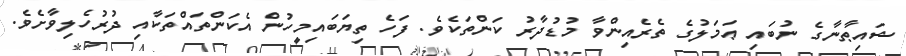
ޝައިޠާނާގެ ނުބައި ޢަމަލުގެ ތެރެއިންވާ މުޑުދާރު ކަންތަކެވެ. ފަހެ ތިޔަބައިމީހުން އެކަންތައްތަކާއި ދުރުހެލިވާށެވެ.